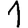
Digit: 1